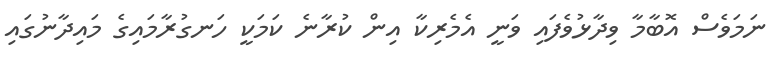
ނަމަވެސް އޮބާމާ ވިދާޅުވެފައި ވަނީ އެމެރިކާ އިން ކުރާނެ ކަމަކީ ހަނގުރާމައިގެ މައިދާނުގައި